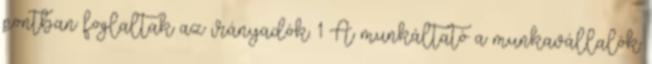
pontban foglaltak az irányadók. 1 A munkáltató a munkavállalók